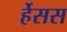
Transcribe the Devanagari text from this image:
र्हेसस